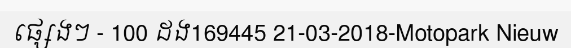
ផ្សេងៗ - 100 ដង169445 21-03-2018-Motopark Nieuw